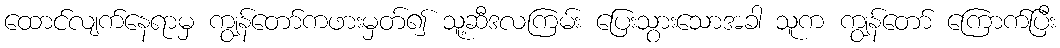
ထောင်လျက်နေရာမှ ကျွန်တော်ကဖားမှတ်၍ သူ့ဆီဒလကြမ်း ပြေးသွားသောအခါ သူက ကျွန်တော် ကြောက်ပြီး